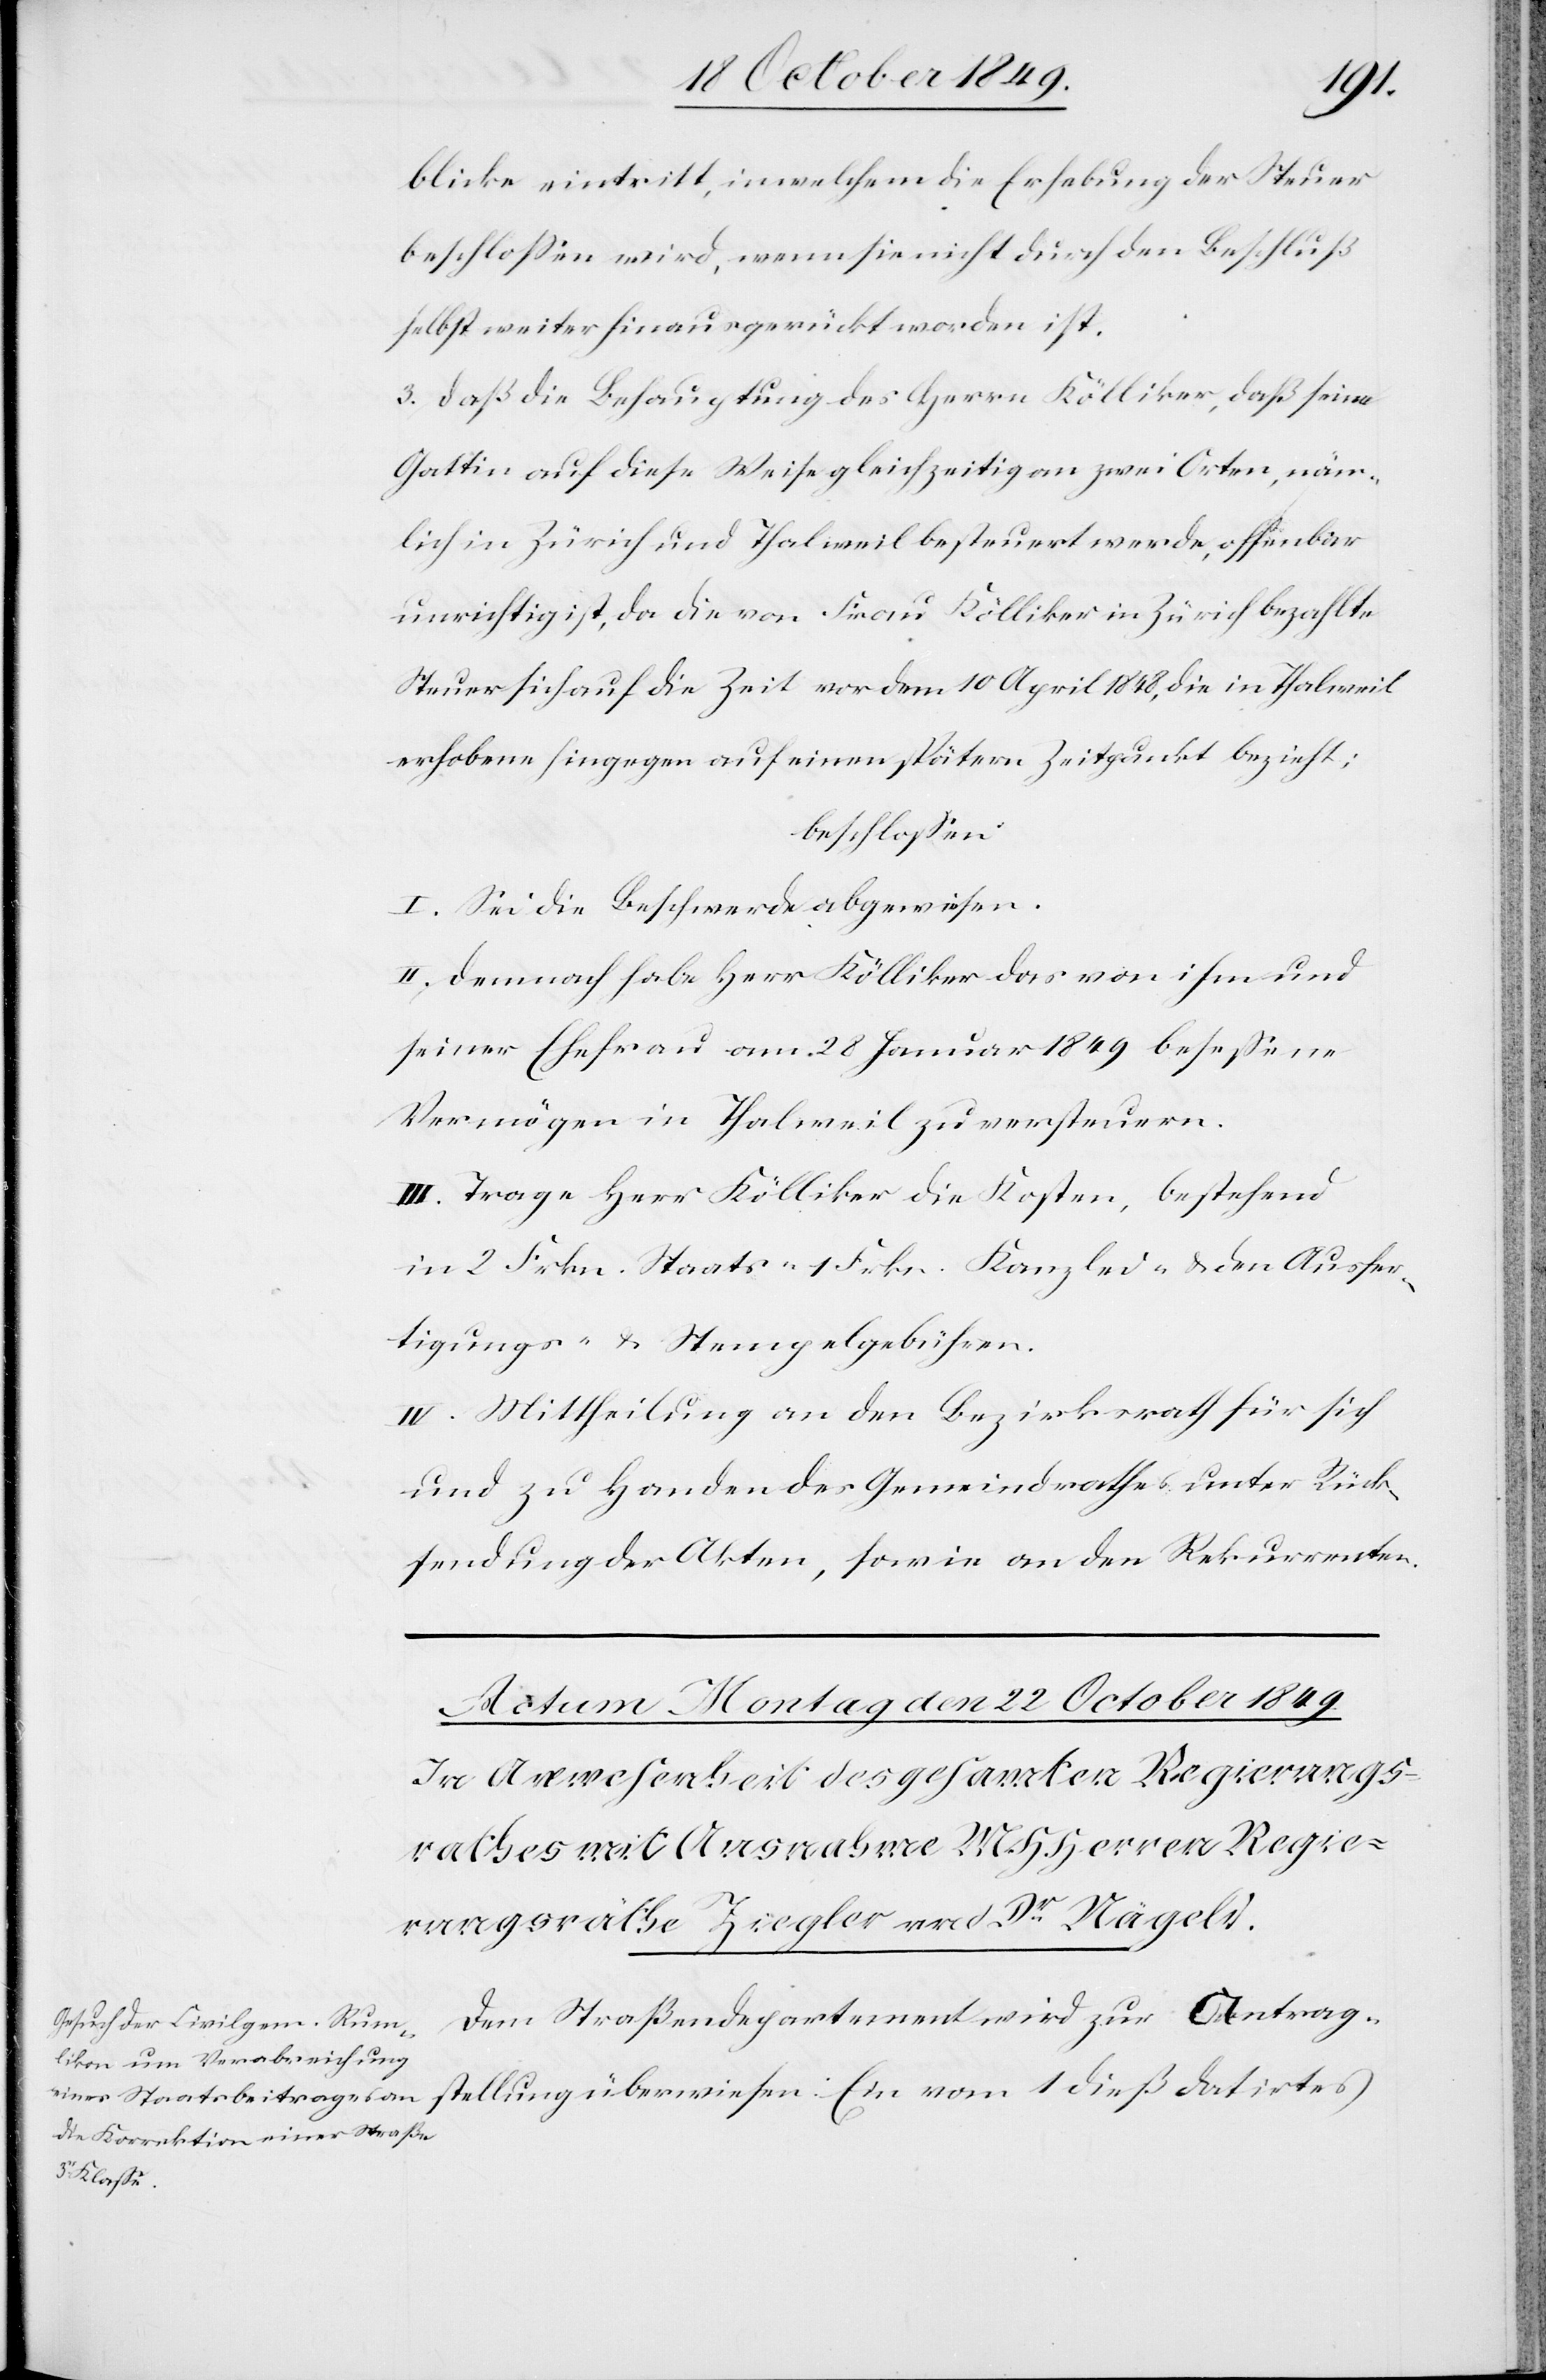
blicke eintritt, in welchem die Erhebung der Steuer
beschloßen wird, wenn sie nicht durch den Beschluß
selbst weiter hinausgerückt worden ist.
3. daß die Behauptung des Herrn Kölliker, daß seine
Gattin auf diese Weise gleichzeitig an zwei Orten, näm¬
lich in Zürich und Thalweil besteuert werde, offenbar
unrichtig ist, da die von Frau Kölliker in Zürich bezahlte
Steuer sich auf die Zeit vor dem 10 April 1848, die in Thalweil
erhobene hingegen auf einen spätern Zeitpunkt bezieht;
beschloßen:
I. Sei die Beschwerde abgewiesen.
II. Demnach habe Herr Kölliker das von ihm und
seiner Ehefrau am 28 Januar 1849 beseßene
Vermögen in Thalweil zu versteuern.
III. Trage Herr Kölliker die Kosten, bestehend
in 2 Frkn. Staats- 1 Frkn. Kanzlei- u. den Ausfer¬
tigungs- u. Stempelgebühren.
IV. Mittheilung an den Bezirksrath für sich
und zu Handen des Gemeindrathes unter Rück¬
sendung der Akten, sowie an den Rekurrenten.
Dem Straßendepartement wird zur Antrag¬
dieß datirtes